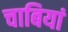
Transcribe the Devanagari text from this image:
चाबियां